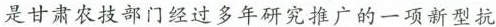
是甘肃农技部门经过多年研究推广的一项新型抗